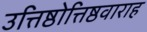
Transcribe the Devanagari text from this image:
उत्तिष्ठोत्तिष्ठवाराह